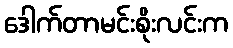
ဒေါက်တာမင်းစိုးလင်းက